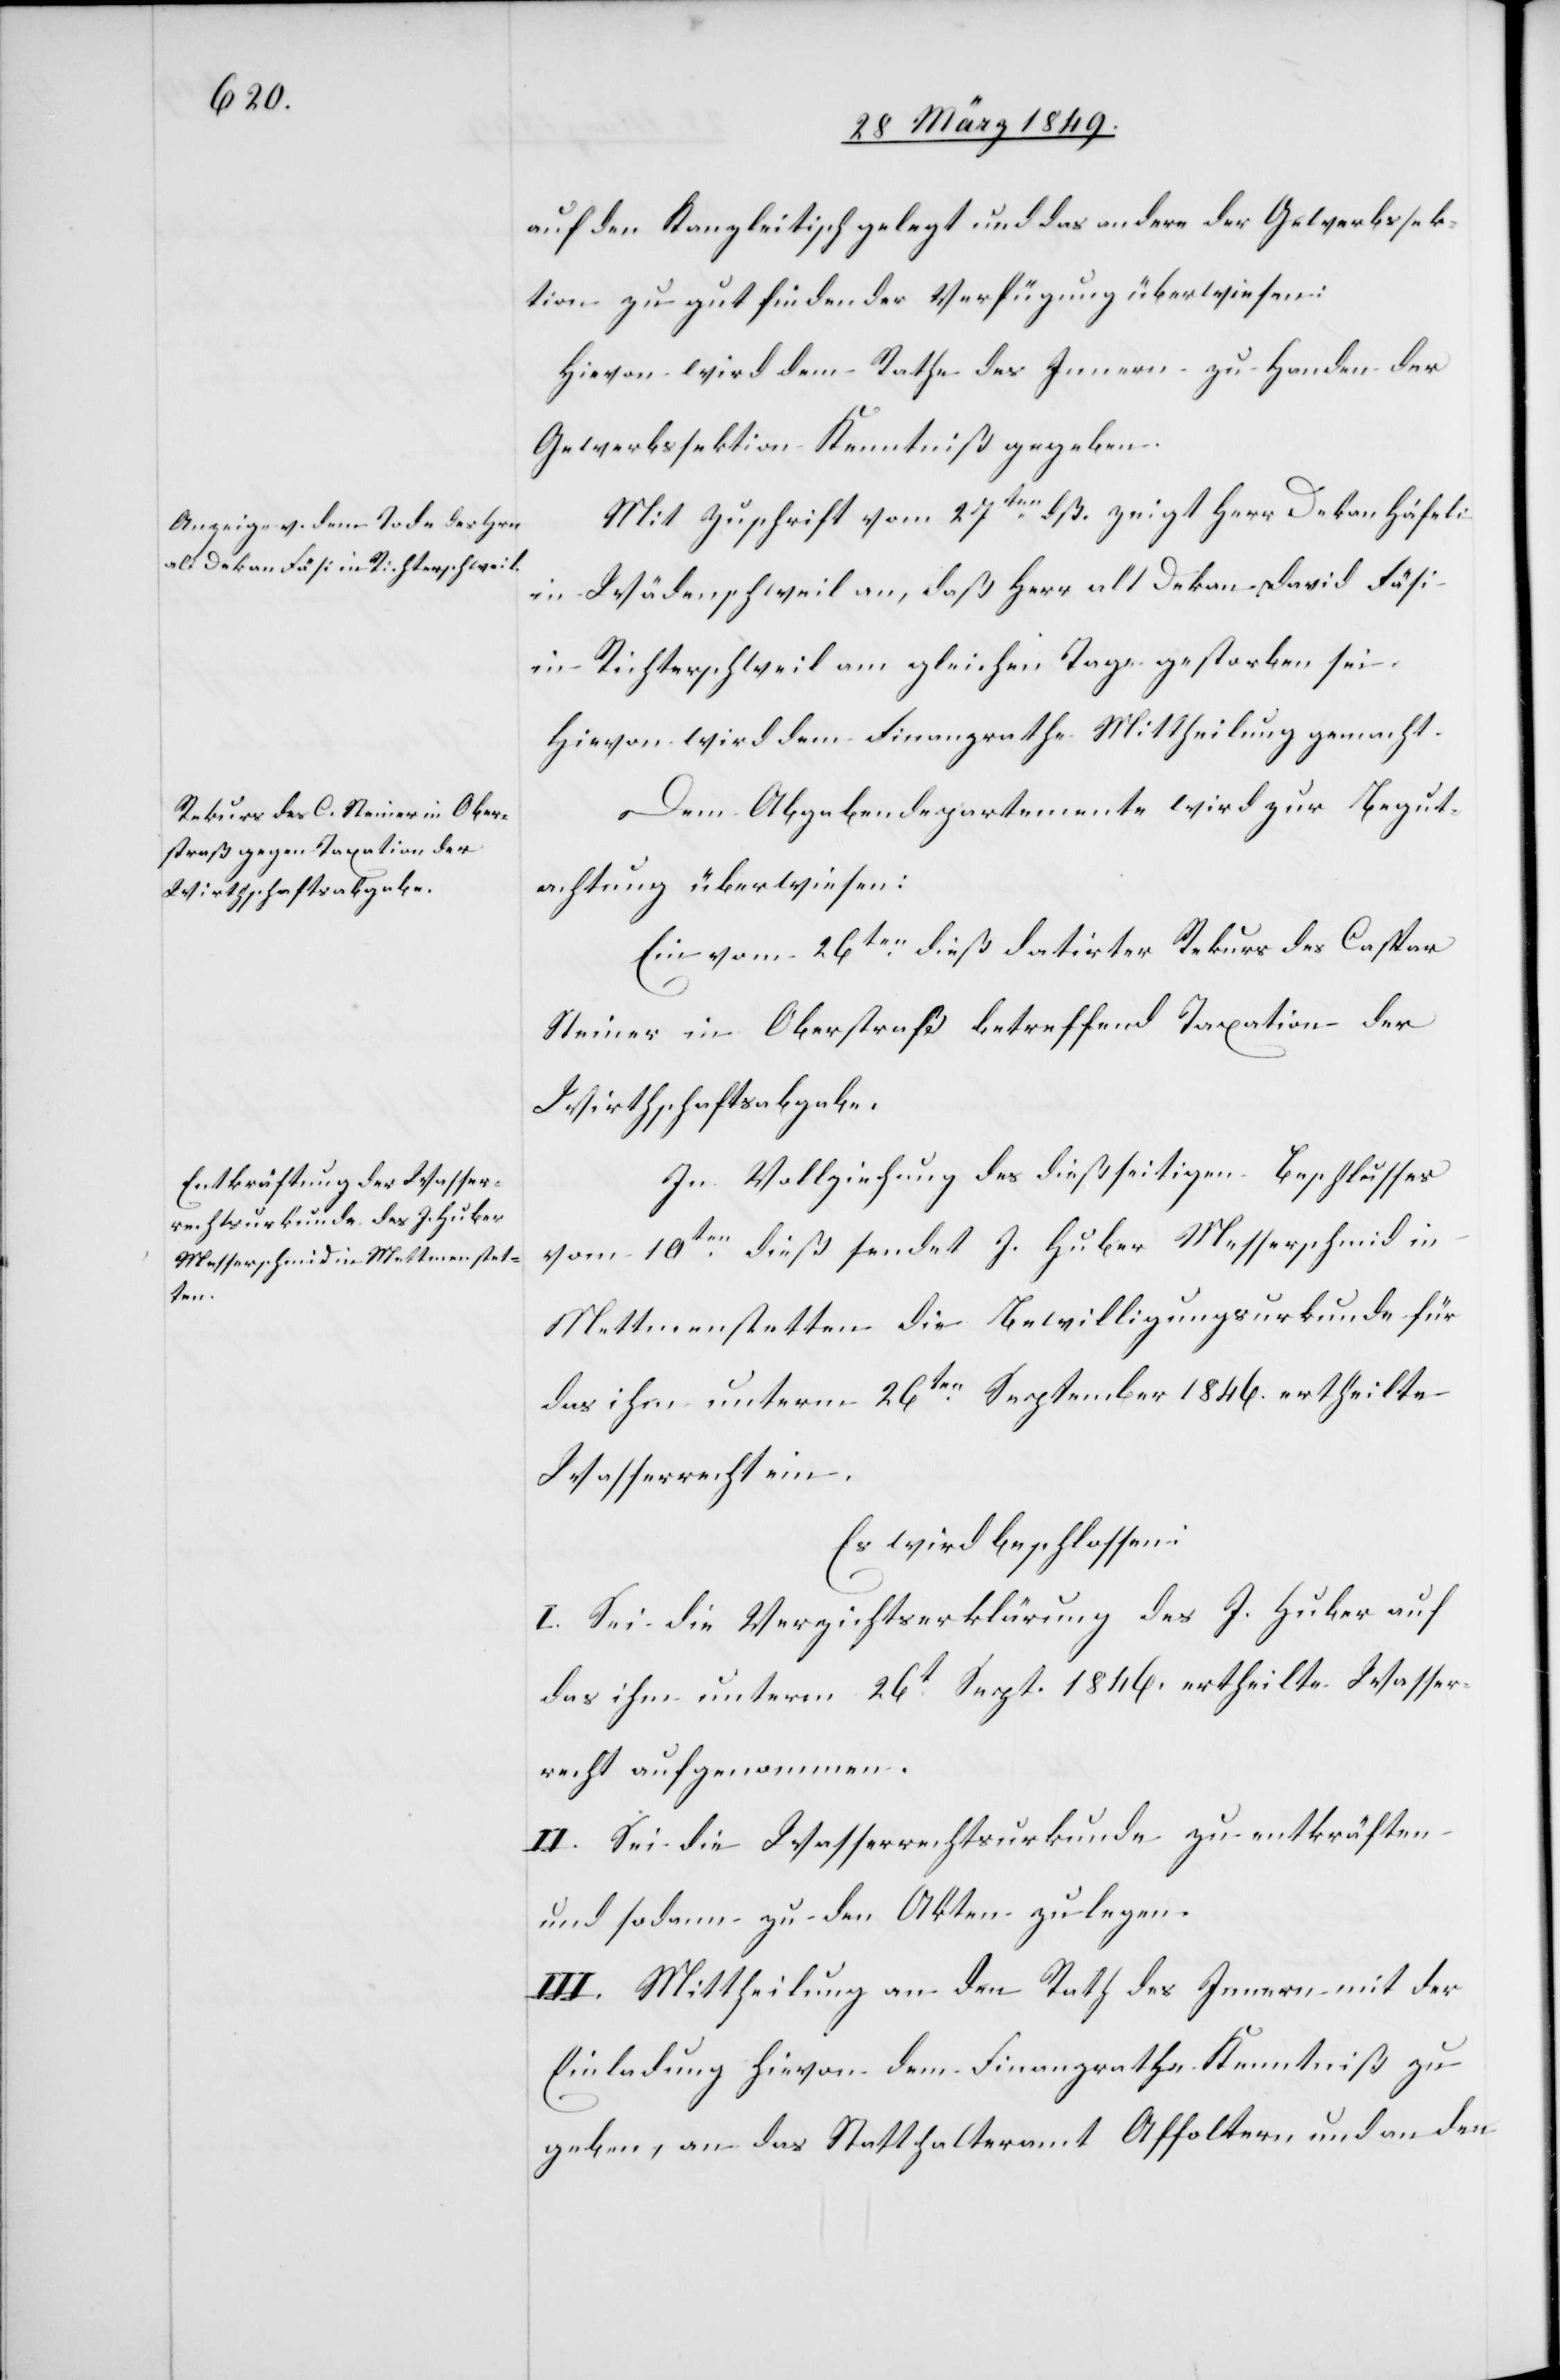
auf den Kanzleitisch gelegt und das andere der Gewerbssek¬
tion zu gut findender Verfügung überwiesen:
Hievon wird dem Rathe des Innern zu Handen der
Gewerbssektion Kenntniß gegeben.
Mit Zuschrift vom 27ten. dß. zeigt Herr Dekan Häfeli
in Wädenschweil an, daß Herr alt Dekan David Fäsi
in Richterschweil am gleichen Tage gestorben sei.
Hievon wird dem Finanzrathe Mittheilung gemacht.
Dem Abgabendepartemente wird zur Begut¬
achtung überwiesen:
Ein vom 26ten. dieß datirter Rekurs des Caspar
Steiner in Oberstraß betreffend Taxation der
Wirthschaftsabgabe.
In Vollziehung des dießseitigen Beschlusses
vom 10ten. dieß sendet J. Huber Messerschmid in
Mettmenstetten die Bewilligungsurkunde für
das ihm unterm 26ten. September 1846. ertheilte
Wasserrecht ein.
Es wird beschlossen:
I. Sei die Verzichtserklärung des J. Huber auf
das ihm unterm 26t. Sept. 1846. ertheilte Wasser¬
recht aufgenommen.
II. Sei die Wasserrechtsurkunde zu entkräften
und sodann zu den Akten zu legen.
III. Mittheilung an den Rath des Innern mit der
Einladung hievon dem Finanzrathe Kenntniß zu
geben, an das Statthalteramt Affoltern und an den